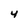
Character: 4